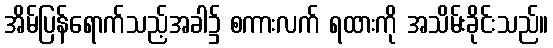
အိမ်ပြန်ရောက်သည့်အခါ၌ စကားလက် ရထားကို အသိမ်းခိုင်းသည်။